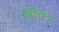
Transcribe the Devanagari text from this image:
लृतुलसानां